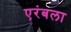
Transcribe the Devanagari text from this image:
एरंबला